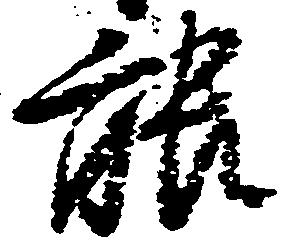
能